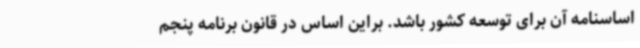
اساسنامه آن برای توسعه کشور باشد. براین اساس در قانون برنامه پنجم